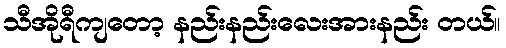
သီအိုရီကျတော့ နည်းနည်းလေးအားနည်း တယ်။